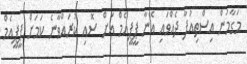
މަގާމުން އިސްތިއުފާ ދެއްވައި އޭނާ ޕީޕީއެމް އަށް ސޮއި ކުރައްވާނެ ކަމަށް ޕީޕީއެމް